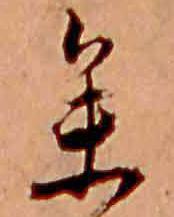
参